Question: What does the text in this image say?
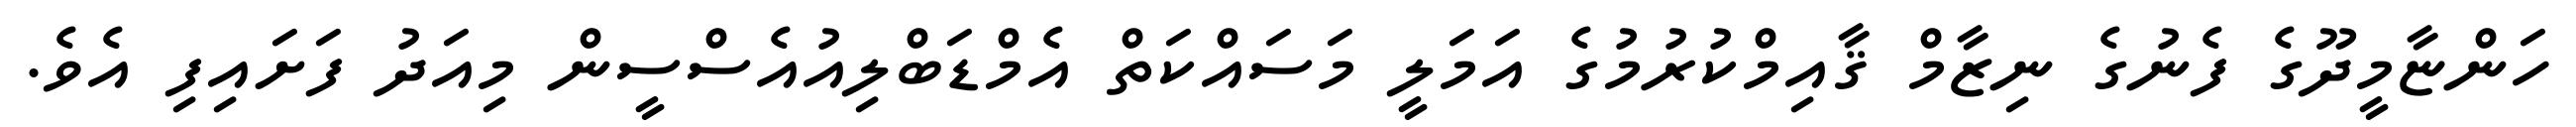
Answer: ހަންޏާމީދޫގެ ފެނުގެ ނިޒާމް ޤާއިމްކުރުމުގެ އަމަލީ މަސައްކަތް އެމްޑަބްލިއުއެސްސީން މިއަދު ފަށައިފި އެވެ.